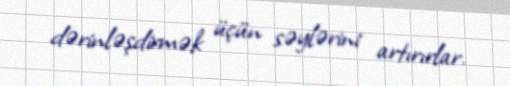
dərinləşdirmək üçün səylərini artırırlar.